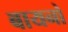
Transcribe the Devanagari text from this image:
बायनो